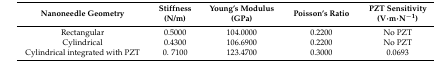
<table><thead><tr><td><b>Nanoneedle Geometry</b></td><td><b>Stiffness (N/m)</b></td><td><b>Young’s Modulus (GPa)</b></td><td><b>Poisson’s Ratio</b></td><td><b>PZT Sensitivity (V·m·N<sup>−1</sup>)</b></td></tr></thead><tbody><tr><td>Rectangular</td><td>0.5000</td><td>104.0000</td><td>0.2200</td><td>No PZT</td></tr><tr><td>Cylindrical</td><td>0.4300</td><td>106.6900</td><td>0.2200</td><td>No PZT</td></tr><tr><td>Cylindrical integrated with PZT</td><td>0. 7100</td><td>123.4700</td><td>0.3000</td><td>0.0693</td></tr></tbody></table>